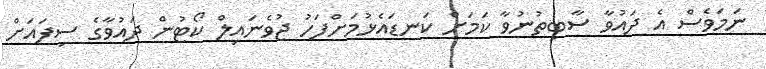
ނަމަވެސް އެ ދައުވާ ސާބިތުނުވާ ކަމަށް ކަނޑައެޅުމަށްފަހު ޖުވެނައިލް ކޯޓުން ދައުވާގެ ސިފައަށް